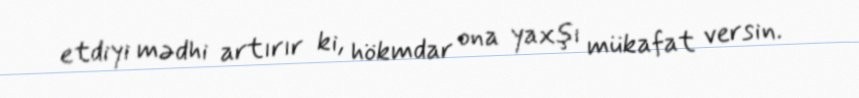
etdiyi mədhi artırır ki, hökmdar ona yaxşı mükafat versin.